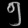
Digit: ၅